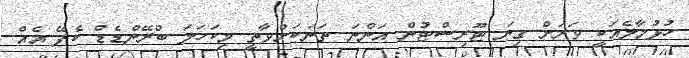
ހުޅުމާލެއަކީ ވަރަށް ގިނަ ޓޫރިސްޓުން އަންނަ ތަނަކަށްވާތީ މިކަހަލަ ބްރޭންޑެޑް ކެފޭ އެއް